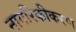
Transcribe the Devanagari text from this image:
नागरिकीकरण